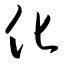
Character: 化